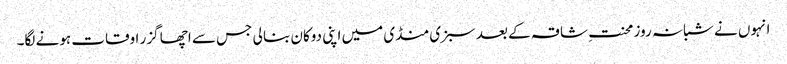
انہوں نے شبانہ روز محنتِ شاقہ کے بعد سبزی منڈی میں اپنی دوکان بنا لی جس سے اچھا گزر اوقات ہونے لگا۔